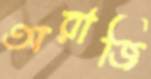
অরাজি